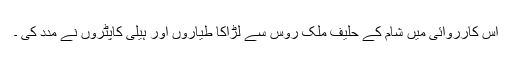
اس کارروائی میں شام کے حلیف ملک روس سے لڑاکا طیاروں اور ہیلی کاپٹروں نے مدد کی ۔